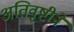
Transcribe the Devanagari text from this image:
अतिवृष्टीने